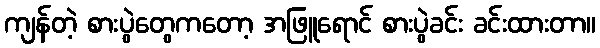
ကျန်တဲ့ စားပွဲတွေကတော့ အဖြူရောင် စားပွဲခင်း ခင်းထားတာ။